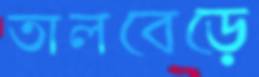
তালবেড়ে